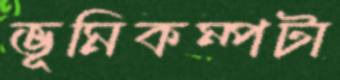
ভূমিকম্পটা